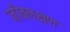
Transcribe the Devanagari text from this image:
जीवलक्षण